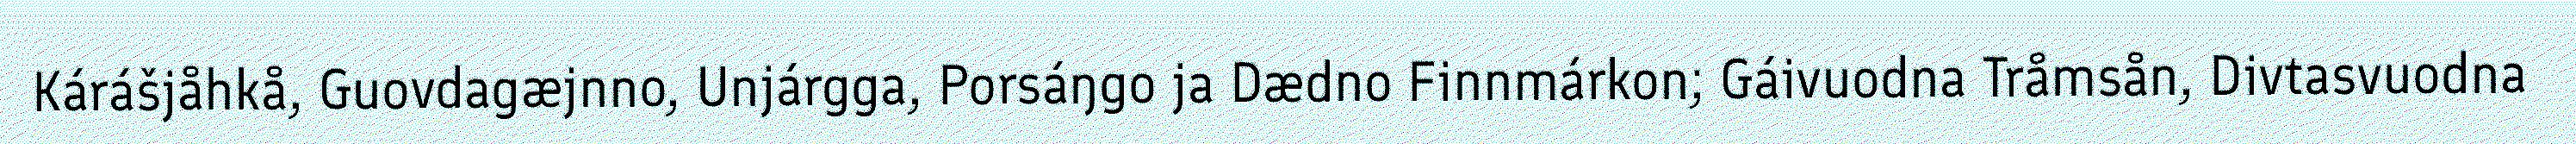
Kárášjåhkå, Guovdagæjnno, Unjárgga, Porsáŋgo ja Dædno Finnmárkon; Gáivuodna Tråmsån, Divtasvuodna